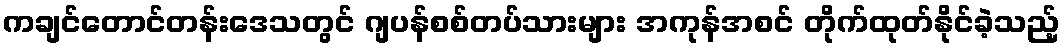
ကချင်တောင်တန်းဒေသတွင် ဂျပန်စစ်တပ်သားများ အကုန်အစင် တိုက်ထုတ်နိုင်ခဲ့သည့်